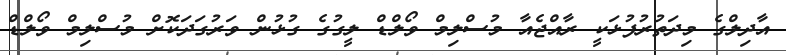
އާދިލްގެ މިދަތުރުފުޅަކީ ރާއްޖެއާ މުސްލިމް ވޯލްޑް ލީގުގެ ގުޅުން ވަރުގަދަކޮށް މުސްލިމް ވޯލްޑް